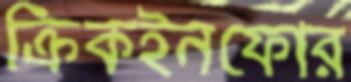
ক্রিকইনফোর